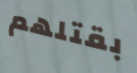
بقتلهم